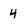
Character: 4